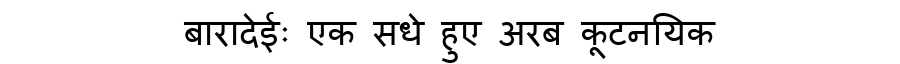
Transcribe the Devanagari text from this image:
बारादेईः एक सधे हुए अरब कूटनयिक